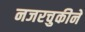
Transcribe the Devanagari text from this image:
नजरचुकीने